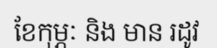
ខែកុម្ភៈ និង មាន រដូវ